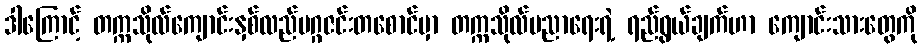
ဒါကြောင့် တက္ကသိုလ်ကျောင်းနှစ်လည်မဂ္ဂဇင်းတစောင်မှာ တက္ကသိုလ်ပညာရေးရဲ့ ရည်ရွယ်ချက်ဟာ ကျောင်းသားတွေကို